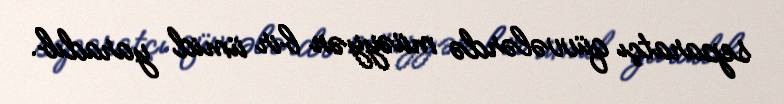
separatçı qüvvələrdə müəyyən bir ümid yaradıb.